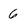
Character: 6